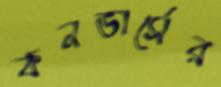
কনভার্সের